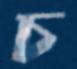
চ